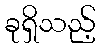
ခုရှိသည့်